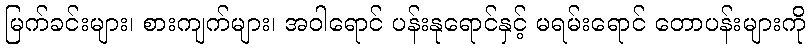
မြက်ခင်းများ၊ စားကျက်များ၊ အဝါရောင် ပန်းနုရောင်နှင့် မရမ်းရောင် တောပန်းများကို